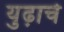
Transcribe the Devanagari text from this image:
युढ़ाचे